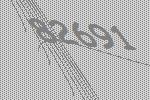
82691